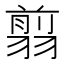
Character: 翦